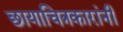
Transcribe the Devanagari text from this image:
छायाचित्रकारांनी